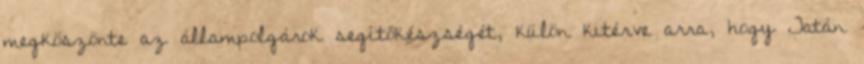
megköszönte az állampolgárok segítőkészségét, külön kitérve arra, hogy Tatán